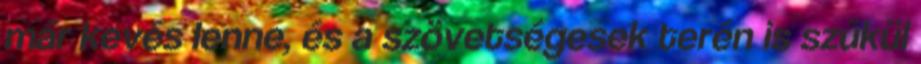
már kevés lenne, és a szövetségesek terén is szűkül